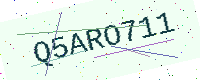
Text: Q5ARO711